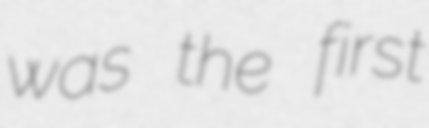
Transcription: was the first